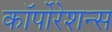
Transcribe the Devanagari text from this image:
कॉर्पोरेशन्‍स